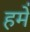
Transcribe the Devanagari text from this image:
हमे॑